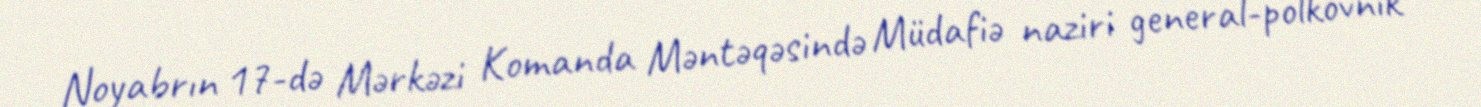
Noyabrın 17-də Mərkəzi Komanda Məntəqəsində Müdafiə naziri general-polkovnik